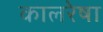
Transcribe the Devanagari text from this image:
कालरेषा